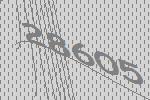
28605